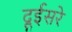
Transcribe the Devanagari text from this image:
दूईसरे